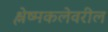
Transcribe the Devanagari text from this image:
श्लेष्मकलेवरील